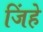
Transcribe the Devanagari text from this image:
जिंहे